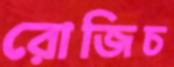
রোজিচ